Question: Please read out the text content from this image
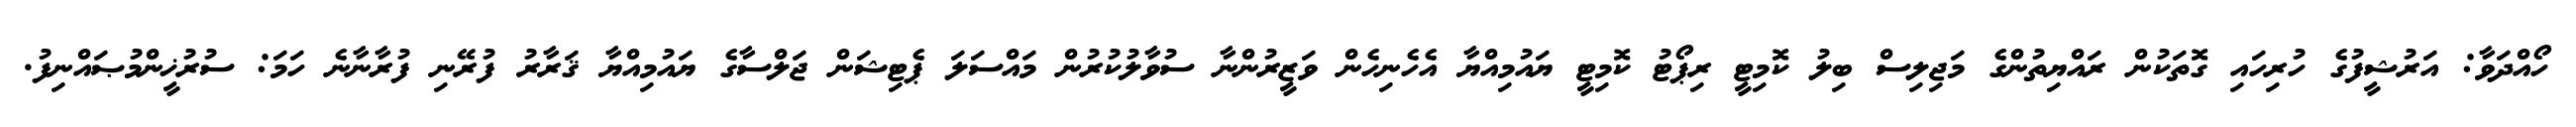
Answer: ހޯއްދަވާ: އަރުޝީފުގެ ހުރިހައި ގޮތަކުން ރައްޔިތުންގެ މަޖިލިސް ބިލު ކޮމިޓީ ރިޕޯޓު ކޮމިޓީ ޔައުމިއްޔާ އެހެނިހެން ވަޒީރުންނާ ސުވާލުކުރުން މައްސަލަ ޕެޓިޝަން ޖަލްސާގެ ޔައުމިއްޔާ ޤަރާރު ފުރޭނި ފުރާނާނެ ހަމަ: ސުރުޚީންމުޞައްނިފު.